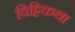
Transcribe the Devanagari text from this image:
विट्टिकथा